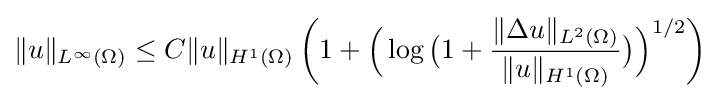
\displaystyle \|u\|_{L^{\infty }(\Omega )}\leq C\|u\|_{H^{1}(\Omega )}\left(1+{\Bigl (}\log {\bigl (}1+{\frac {\|\Delta u\|_{L^{2}(\Omega )}}{\|u\|_{H^{1}(\Omega )}}}{\bigr )}{\Bigr )}^{1/2}\right)